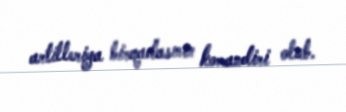
artilleriya birqadasının komandiri olub.